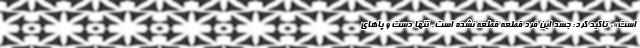
است»، تاکید کرد: جسد این فرد قطعه قطعه نشده است. تنها دست و پاهای